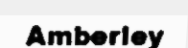
Amberley